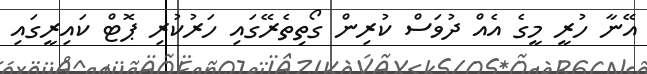
އޭނާ ހުރީ މީގެ އެއް ދުވަސް ކުރިން ގޯތިތެރޭގައި ހަރުކުރި ޕޮޓް ކައިރީގައި